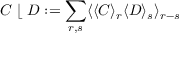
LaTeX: C \; \lfloor \; D : = \sum _ { r , s } \langle \langle C \rangle _ { r } \langle D \rangle _ { s } \rangle _ { r - s }